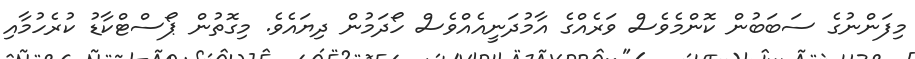
މިފަންނުގެ ސަބަބުން ކޮންމެވެސް ވަރެއްގެ އާމުދަނީއެއްވެސް ހޯދަމުން ދިޔައެވެ. މިގޮތުން ޕޯސްޓްކާޑު ކުރެހުމާއި